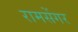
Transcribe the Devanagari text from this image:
रामसेंगर